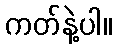
ကတ်နဲ့ပါ။